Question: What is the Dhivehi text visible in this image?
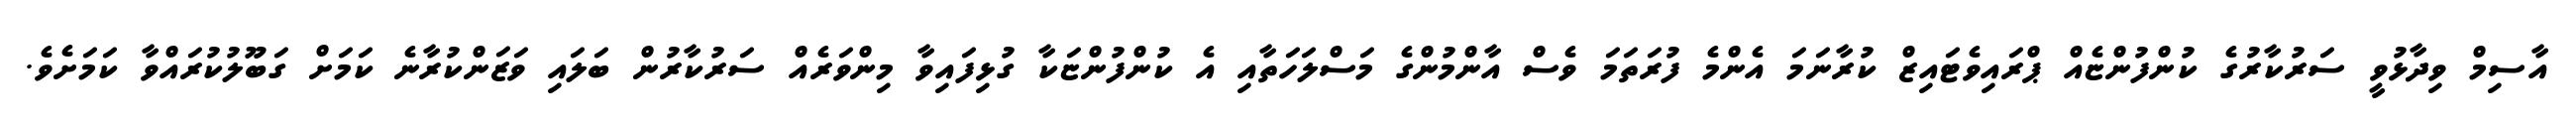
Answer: އާސިމް ވިދާޅުވީ ސަރުކާރުގެ ކުންފުންޏެއް ޕްރައިވެޓައިޒް ކުރާނަމަ އެންމެ ފުރަތަމަ ވެސް އާންމުންގެ މަސްލަހަތާއި އެ ކުންފުންޏަކާ ގުޅިފައިވާ މިންވަރެއް ސަރުކާރުން ބަލައި ވަޒަންކުރާނެ ކަމަށް ގަބޫލުކުރައްވާ ކަމަށެވެ.